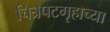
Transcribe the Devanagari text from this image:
चित्रपटगृहाच्या